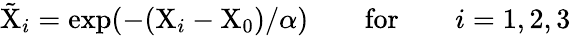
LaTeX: \tilde{\mathrm{X}}_{i}=\mathrm{exp}(-(\mathrm{X}_{i}-\mathrm{X}_{0})/\alpha)\qquad\mathrm{for}\qquad i=1,2,3